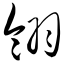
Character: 翎